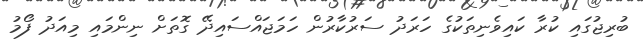
ބުރިޖުގައި ކުރާ ކައިވެނިތަކުގެ ހަރަދު ސަރުކާރުން ހަމަޖައްސައިދޭ ގޮތަށް ނިންމައި މިއަދު ފޯމު